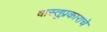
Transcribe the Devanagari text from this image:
वास्तूप्रकाराचे